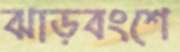
ঝাড়বংশে